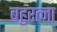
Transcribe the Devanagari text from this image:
बहुरत्ना